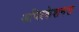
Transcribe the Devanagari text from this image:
अप्लिकेशनस